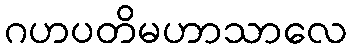
ဂဟပတိမဟာသာလေ